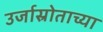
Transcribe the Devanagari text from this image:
उर्जास्रोताच्या